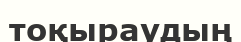
тоқыраудың